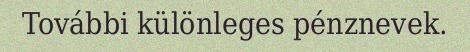
További különleges pénznevek.